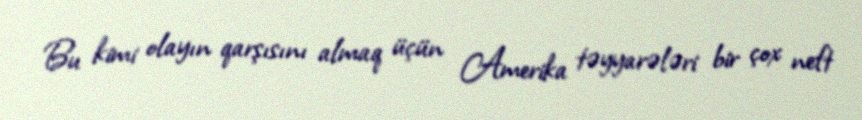
Bu kimi olayın qarşısını almaq üçün Amerika təyyarələri bir çox neft